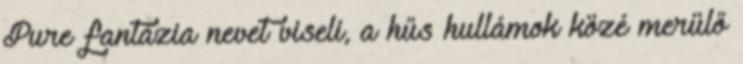
Pure fantázia nevet viseli, a hűs hullámok közé merülő